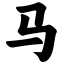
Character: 马